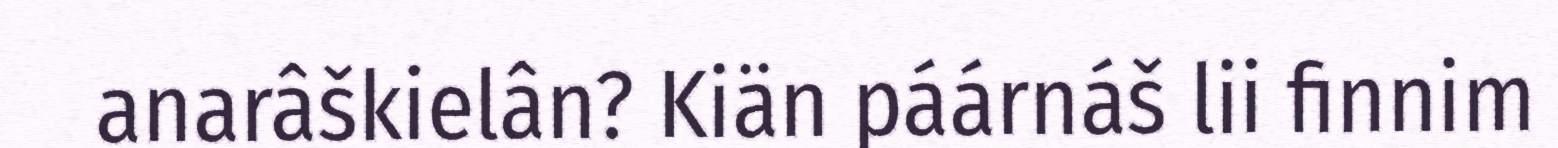
anarâškielân? Kiän páárnáš lii finnim